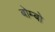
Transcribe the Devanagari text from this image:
बोम्बो